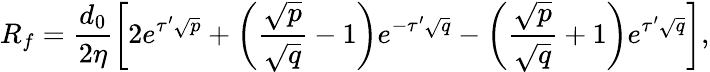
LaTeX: R_{f}=\frac{d_{0}}{2\eta}\left[2e^{\tau^{\prime}\sqrt{p}}+\left(\frac{\sqrt{p}}{\sqrt{q}}-1\right)e^{-\tau^{\prime}\sqrt{q}}-\left(\frac{\sqrt{p}}{\sqrt{q}}+1\right)e^{\tau^{\prime}\sqrt{q}}\right],